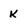
Character: k